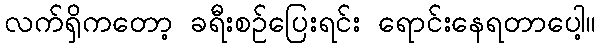
လက်ရှိကတော့ ခရီးစဉ်ပြေးရင်း ရောင်းနေရတာပေါ့။